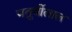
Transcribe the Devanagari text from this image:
चतुर्थीलाल